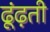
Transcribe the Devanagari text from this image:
ढूंढ़ती